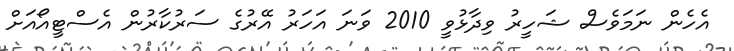
އެހެން ނަމަވެސް ޝަހީރު ވިދާޅުވީ 2010 ވަނަ އަހަރު އޭރުގެ ސަރުކާރުން އެސްޓީއޯއަށް